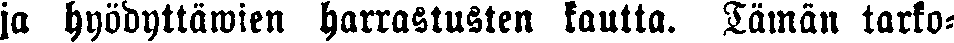
ja hyödyttömien harrastusten kautta. Tämän tarko-